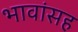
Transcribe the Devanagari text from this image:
भावांसह